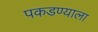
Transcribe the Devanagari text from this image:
पकडण्याला